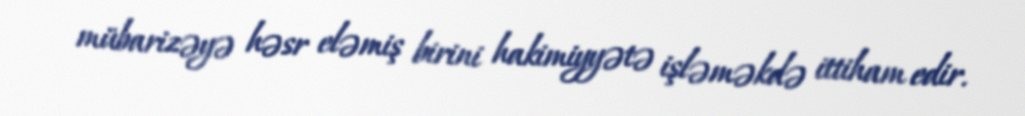
mübarizəyə həsr eləmiş birini hakimiyyətə işləməkdə ittiham edir.